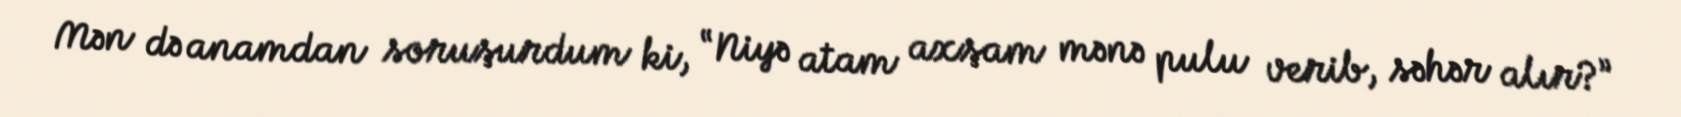
Mən də anamdan soruşurdum ki, “Niyə atam axşam mənə pulu verib, səhər alır?”